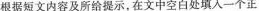
根据短文内容及所给提示，在文中空白处填入一个正